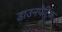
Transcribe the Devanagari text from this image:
डाउनपैट्रिक